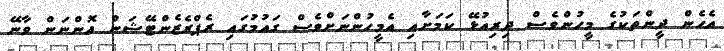
އެހެން ދީންތަކުގެ މީހުންވެސް ދިރިއުޅޭ ކަމަށާއި އެމީހުންނަށްވެސް ގައުމުގައި ރެޕްރެޒެންޓޭޝަން އޮންނަން ވާނޭ